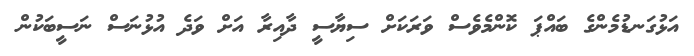
އަޅުގަނޑުމެންގެ ބައްޕަ ކޮންމެވެސް ވަރަކަށް ސިޔާސީ ދާއިރާ އަށް ވަދެ އުޅުނަސް ނަސީބަކުން